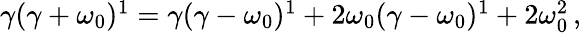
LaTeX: \begin{array}{r}{\gamma(\gamma+\omega_{0})^{1}=\gamma(\gamma-\omega_{0})^{1}+2\omega_{0}(\gamma-\omega_{0})^{1}+2\omega_{0}^{2}\, ,}\end{array}